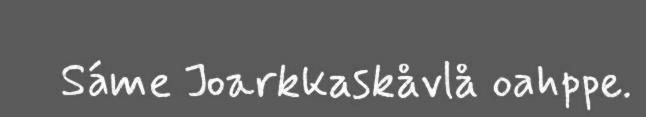
Sáme Joarkkaskåvlå oahppe.